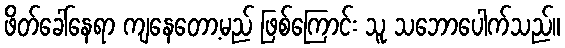
ဖိတ်ခေါ်နေရာ ကျနေတော့မည် ဖြစ်ကြောင်း သူ သဘောပေါက်သည်။